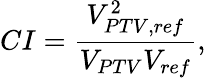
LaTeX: CI=\frac{V_{PTV,ref}^{2}}{V_{PTV}V_{ref}},